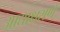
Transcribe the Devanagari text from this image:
आद्याक्षराणे